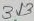
Text: 313